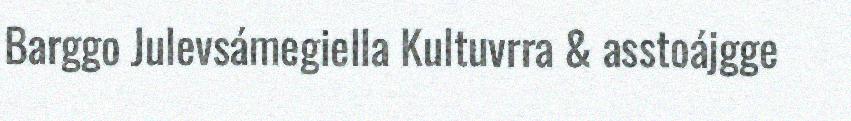
Barggo Julevsámegiella Kultuvrra & asstoájgge